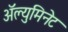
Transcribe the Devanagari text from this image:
अॅल्युमिनेट